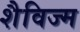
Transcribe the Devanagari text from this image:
शैविज्म